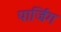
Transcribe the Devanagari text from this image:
पार्जिंग